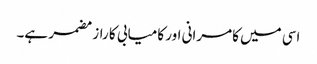
اسی میں کامرانی اور کامیابی کا راز مضمر ہے۔